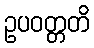
ဥပဝတ္တတိ